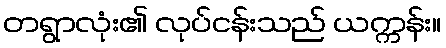
တရွာလုံး၏ လုပ်ငန်းသည် ယက္ကန်း။